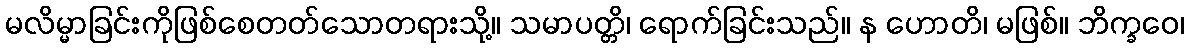
မလိမ္မာခြင်းကိုဖြစ်စေတတ်သောတရားသို့။ သမာပတ္တိ၊ ရောက်ခြင်းသည်။ န ဟောတိ၊ မဖြစ်။ ဘိက္ခဝေ၊